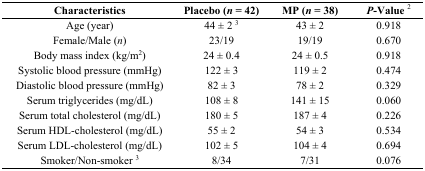
<table><thead><tr><td><b>Characteristics</b></td><td><b>Placebo (<i>n</i> = 42)</b></td><td><b>MP (<i>n</i> = 38)</b></td><td><b><i>P</i>-Value <sup>2</sup></b></td></tr></thead><tbody><tr><td>Age (year)</td><td>44 ± 2 <sup>3</sup></td><td>43 ± 2</td><td>0.918</td></tr><tr><td>Female/Male (<i>n</i>)</td><td>23/19</td><td>19/19</td><td>0.670</td></tr><tr><td>Body mass index (kg/m<sup>2</sup>)</td><td>24 ± 0.4</td><td>24 ± 0.5</td><td>0.918</td></tr><tr><td>Systolic blood pressure (mmHg)</td><td>122 ± 3</td><td>119 ± 2</td><td>0.474</td></tr><tr><td>Diastolic blood pressure (mmHg)</td><td>82 ± 3</td><td>78 ± 2</td><td>0.329</td></tr><tr><td>Serum triglycerides (mg/dL)</td><td>108 ± 8</td><td>141 ± 15</td><td>0.060</td></tr><tr><td>Serum total cholesterol (mg/dL)</td><td>180 ± 5</td><td>187 ± 4</td><td>0.226</td></tr><tr><td>Serum HDL-cholesterol (mg/dL)</td><td>55 ± 2</td><td>54 ± 3</td><td>0.534</td></tr><tr><td>Serum LDL-cholesterol (mg/dL)</td><td>102 ± 5</td><td>104 ± 4</td><td>0.694</td></tr><tr><td>Smoker/Non-smoker <sup>3</sup></td><td>8/34</td><td>7/31</td><td>0.076</td></tr></tbody></table>